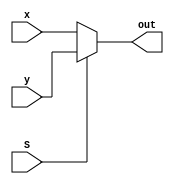
module Mux2_to1(x,y,S,out);
parameter n = 32 ;

input[n-1:0] x ,y ;
output[n-1:0] out ;

input S;

assign out = (S==0) ? x : y ;

endmodule